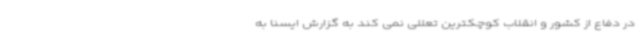
در دفاع از کشور و انقلاب کوچکترین تعللی نمی کند به گزارش ایسنا به